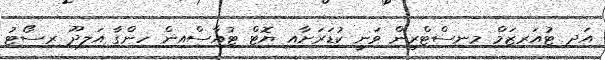
އަދި ޓުއަރިޒަމް މިނިސްޓްރީން ވަނީ ކުޑަރަށާއި ޔޮޓް ޓުއާސްއިން ހިންގާ އަލިދޫ ރިސޯޓު